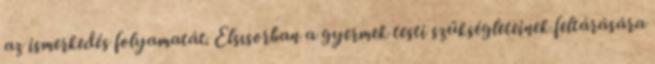
az ismerkedés folyamatát. Elsısorban a gyermek testi szükségleteinek feltárására